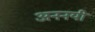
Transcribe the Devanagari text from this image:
अननयी